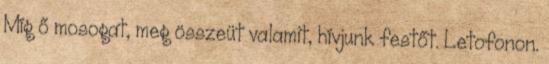
Míg ő mosogat, meg összeüt valamit, hívjunk festőt. Letofonon.